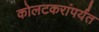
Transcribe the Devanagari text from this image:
कोलटकरांपर्यंत